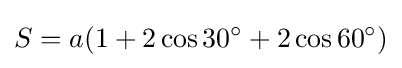
S=a(1+2\cos {30^{\circ }}+2\cos {60^{\circ }})